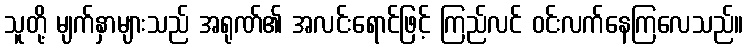
သူတို့ မျက်နှာများသည် အရုဏ်၏ အလင်းရောင်ဖြင့် ကြည်လင် ဝင်းလက်နေကြလေသည်။